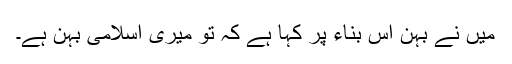
میں نے بہن اس بناء پر کہا ہے کہ تو میری اسلامی بہن ہے۔